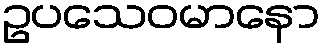
ဥပသေဝမာနော